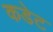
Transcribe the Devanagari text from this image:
कडेट